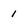
Character: 1